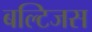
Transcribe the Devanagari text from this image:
बल्टिजस